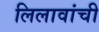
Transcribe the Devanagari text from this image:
लिलावांची